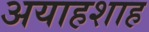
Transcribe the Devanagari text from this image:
अयाहशाह